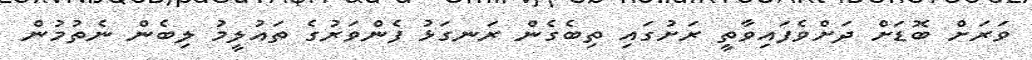
ވަރަށް ބޮޑަށް ދަށްވެފައިވާތީ ރަށުގައި ތިބެގެން ރަނގަޅު ފެންވަރުގެ ތައުލީމު ލިބެން ނެތުމުން